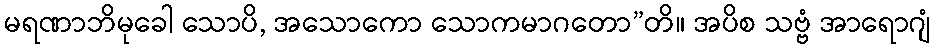
မရဏာဘိမုခေါ သောပိ, အသောကော သောကမာဂတော”တိ။ အပိစ သဗ္ဗံ အာရောဂျံ